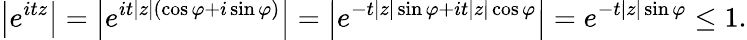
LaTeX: \left|e^{itz}\right|=\left|e^{it|z|(\cos\varphi+i\sin\varphi)}\right|=\left|e^{-t|z|\sin\varphi+it|z|\cos\varphi}\right|=e^{-t|z|\sin\varphi}\leq 1.